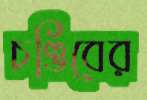
চণ্ডিবের